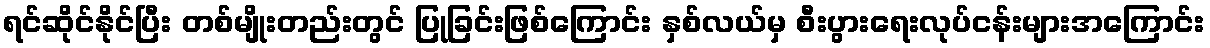
ရင်ဆိုင်နိုင်ပြီး တစ်မျိုးတည်းတွင် ပြုခြင်းဖြစ်ကြောင်း နှစ်လယ်မှ စီးပွားရေးလုပ်ငန်းများအကြောင်း